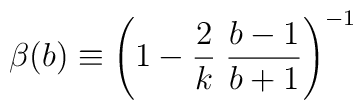
\beta(b)\equiv\left( 1-\frac{2}{k}\;\frac{b-1}{b+1}\right)^{-1}